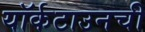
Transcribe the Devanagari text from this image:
यॉर्कटाउनची